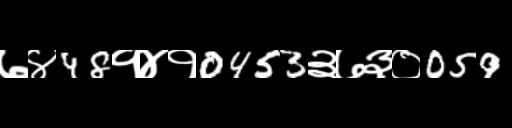
Text: ७४48१४१0453३७३०059